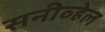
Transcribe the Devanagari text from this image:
सनीव्हेल